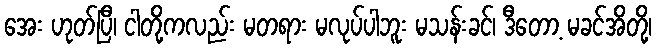
အေး ဟုတ်ပြီ၊ ငါတို့ကလည်း မတရား မလုပ်ပါဘူး မသန်းခင်၊ ဒီတော့ မခင်အိတို့၊